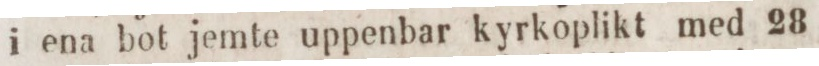
i ena bot jemte uppenbar kyrkoplikt med 28